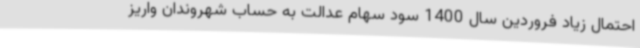
احتمال زیاد فروردین سال 1400 سود سهام عدالت به حساب شهروندان واریز